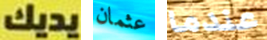
يديك عثمان عندما